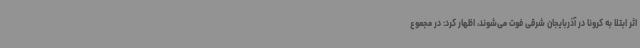
اثر ابتلا به کرونا در آذربایجان شرقی فوت می‌شوند، اظهار کرد: در مجموع